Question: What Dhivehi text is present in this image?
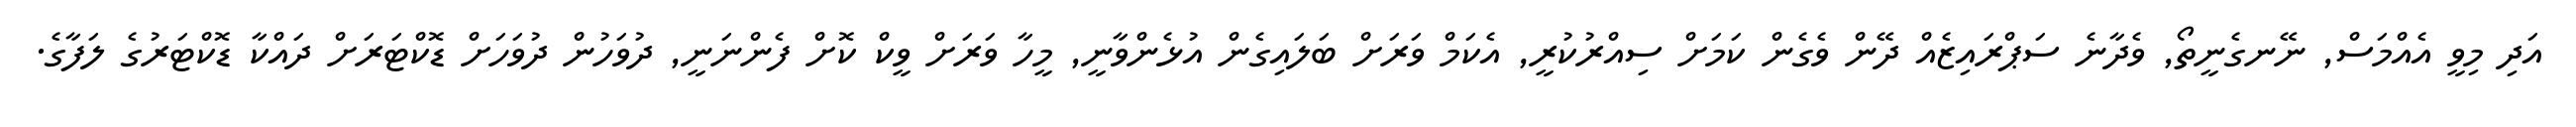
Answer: އަދި މިވީ އެއްމަސް, ނޭނގެނީތޯ, ވެދާނެ ސަޕްރައިޒެއް ދޭން ވެގެން ކަމަށް ސިއްރުކުރީ, އެކަމް ވަރަށް ބަލައިގެން އުޅެންވާނީ, މީހާ ވަރަށް ވީކް ކޮށް ފެންނަނީ, ދުވަހުން ދުވަހަށް ޑޮކްޓަރަށް ދައްކާ ޑޮކްޓަރުގެ ލަފާގެ.